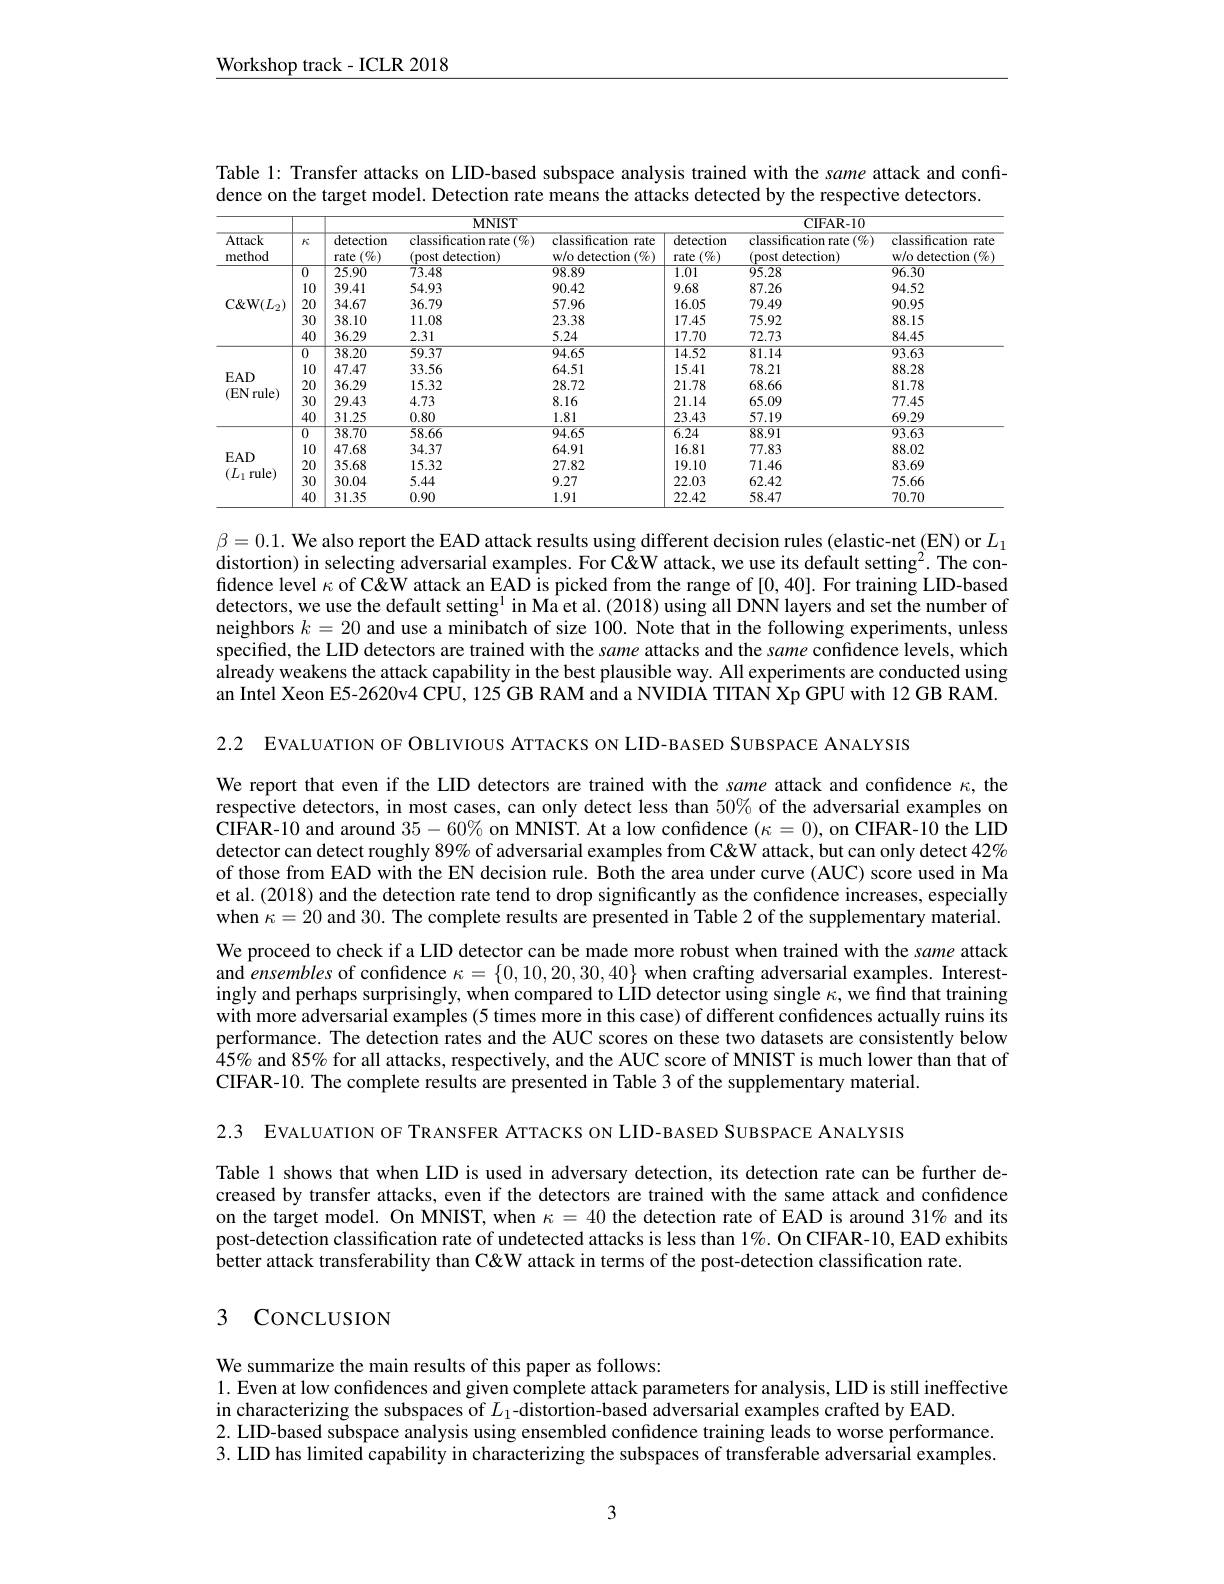
$\underline{\text{Workshop track-ICLR 2018}}$

Table 1: Transfer attacks on LID-based subspace analysis trained with the same attack and confi-
dence on the target model. Detection rate means the attacks detected by the respective detectors.

<table>
	<tbody>
		<tr>
			<th rowspan="2">Attack method</th>
			<th rowspan="2">$k$</th>
			<th colspan="3">$MNIST$</th>
			<th colspan="3">CIFAR- 10</th>
		</tr>
		<tr>
			<th>detection $(\%)$ rate</th>
			<th>$\overline{{\mathrm{classification~rate~}(\%)}}$ (post detection)</th>
			<th>classification rate w/o detection $1\left(\%\right)$</th>
			<th>detection $(\%)$ rate</th>
			<th>classification rate $\overline{(\%)}$ (post detection)</th>
			<th>classification rate w/o detection $1(\%$</th>
		</tr>
		<tr>
			<td rowspan="5">CW$( L_{2})$</td>
			<td>$\overline{0}$</td>
			<td>25.90</td>
			<td>73.48</td>
			<td>98.89</td>
			<td>1.01</td>
			<td>95.28</td>
			<td>96.30</td>
		</tr>
		<tr>
			<td>10</td>
			<td>39.41</td>
			<td>54.93</td>
			<td>90.42</td>
			<td>9.68</td>
			<td>87.26</td>
			<td>94.52</td>
		</tr>
		<tr>
			<td>20</td>
			<td>34.67</td>
			<td>36.79</td>
			<td>57.96</td>
			<td>16.05</td>
			<td>79.49</td>
			<td>90.95</td>
		</tr>
		<tr>
			<td>30</td>
			<td>38.10</td>
			<td>11.08</td>
			<td>23.38</td>
			<td>17.45</td>
			<td>75.92</td>
			<td>88.15</td>
		</tr>
		<tr>
			<td>40</td>
			<td>36.29</td>
			<td>2.31</td>
			<td>5.24</td>
			<td>17.70</td>
			<td>72.73</td>
			<td>84.45</td>
		</tr>
		<tr>
			<td rowspan="5">$EAD$ (EN rule)</td>
			<td>$\overline{0}$</td>
			<td>$\overline{38.20}$</td>
			<td>59.37</td>
			<td>94.65</td>
			<td>14.52</td>
			<td>$\overline{81.14}$</td>
			<td>$\overline{93.63}$</td>
		</tr>
		<tr>
			<td>10</td>
			<td>47.47</td>
			<td>33.56</td>
			<td>64.51</td>
			<td>15.41</td>
			<td>78.21</td>
			<td>88.28</td>
		</tr>
		<tr>
			<td>20</td>
			<td>36.29</td>
			<td>15.32</td>
			<td>28.72</td>
			<td>21.78</td>
			<td>68.66</td>
			<td>81.78</td>
		</tr>
		<tr>
			<td>30</td>
			<td>29.43</td>
			<td>4.73</td>
			<td>8.16</td>
			<td>21.14</td>
			<td>65.09</td>
			<td>77.45</td>
		</tr>
		<tr>
			<td>40</td>
			<td>31.25</td>
			<td>0.80</td>
			<td>1.81</td>
			<td>23.43</td>
			<td>57.19</td>
			<td>69.29</td>
		</tr>
		<tr>
			<td rowspan="5">$EAD$ $(L_1$ rule)</td>
			<td>$\overline{0}$</td>
			<td>38.70</td>
			<td>58.66</td>
			<td>94.65</td>
			<td>6.24</td>
			<td>$\overline{88.91}$</td>
			<td>93.63</td>
		</tr>
		<tr>
			<td>10</td>
			<td>47.68</td>
			<td>34.37</td>
			<td>64.91</td>
			<td>16.81</td>
			<td>77.83</td>
			<td>88.02</td>
		</tr>
		<tr>
			<td>20</td>
			<td>35.68</td>
			<td>15.32</td>
			<td>27.82</td>
			<td>19.10</td>
			<td>71.46</td>
			<td>83.69</td>
		</tr>
		<tr>
			<td>30</td>
			<td>30.04</td>
			<td>5.44</td>
			<td>9.27</td>
			<td>22.03</td>
			<td>62.42</td>
			<td>75.66</td>
		</tr>
		<tr>
			<td>40</td>
			<td>31.35</td>
			<td>0.90</td>
			<td>1.91</td>
			<td>22.42</td>
			<td>58.47</td>
			<td>70.70</td>
		</tr>
	</tbody>
</table>

$\beta=0.1.$ We also report the EAD attack results using different decision rules (elastic-net (EN) or $L_1$ distortion) in selecting adversarial examples. For C'' C'' C''' C''' attack, we use its default setting$^2.$ The confidence level $\kappa$ of C'''attack an EAD is picked from the range of [0, 40]. For training LID-based detectors, we use the default setting$^1$ in Ma et al.(2018) using all DNN layers and set the number of neighbors $k=20$ and use a minibatch of size 100. Note that in the following experiments, unless specified, the LID detectors are trained with the same attacks and the same confidence levels, which already weakens the attack capability in the best plausible way. All experiments are conducted using an Intel Xeon E5-2620v4 CPU, 125 GB RAM and a NVIDIA TITAN Xp GPU with 12 GB RAM.

2.2 EVALUATION OF OBLIVIOUS ATTACKS ON LID-BASED SUBSPACE ANALYSIS

We report that even if the LID detectors are trained with the same attack and confidence $\kappa$, the respective detectors, in most cases, can only detect less than $50\%$ of the adversarial examples on CIFAR-10 and around $35-60\%$ on MNIST. At a low confidence $(\kappa=0)$, on CIFAR-10 the LID detector can detect roughly $89\%$ of adversarial examples from C'ew attack, but can only detect $42\%$ of those from EAD with the EN decision rule. Both the area under curve (AUC) score used in Ma et al.(2018) and the detection rate tend to drop significantly as the confidence increases, especially when $\kappa=20$ and 30. The complete results are presented in Table 2 of the supplementary material. We proceed to check if a LID detector can be made more robust when trained with the same attack and ensembles of confidence $\kappa=\{0,10,20,30,40\}$ when crafting adversarial examples. Interestingly and perhaps surprisingly, when compared to LiD detector using single $\kappa$, we find that training with more adversarial examples (5 times more in this case) of different confidences actually ruins its performance. The detection rates and the AUC scores on these two datasets are consistently below $\hat{4}5\%$ and 85% for all attacks, respectively, and the AUC score of MNIST is much lower than that of CIFAR-10. The complete results are presented in Table 3 of the supplementary material.

2.3 EVALUATION OF TRANSFER ATTACKS ON LID-BASED SUBSPACE ANALYSIS

Table 1 shows that when LID is used in adversary detection, its detection rate can be further decreased by transfer attacks, even if the detectors are trained with the same attack and confidence on the target model. On MNIST, when $\kappa=40$ the detection rate of EAD is around 31% and its post-detection classification rate of undetected attacks is less than 1%. On CIFAR-10, EAD exhibits better attack transferability than C&W attack in terms of the post-detection classification rate.

## 3 CONCLUSION

We summarize the main results of this paper as follows:
1. Even at low confidences and given complete attack parameters for analysis, LID is still ineffective
in characterizing the subspaces of $L_1$-distortion-based adversarial examples crafted by EAD.
2. LID-based subspace analysis using ensembled confidence training leads to worse performance. 3. LID has limited capability in characterizing the subspaces of transferable adversarial examples.

3